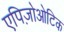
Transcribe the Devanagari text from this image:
एपिज़ोओटिक